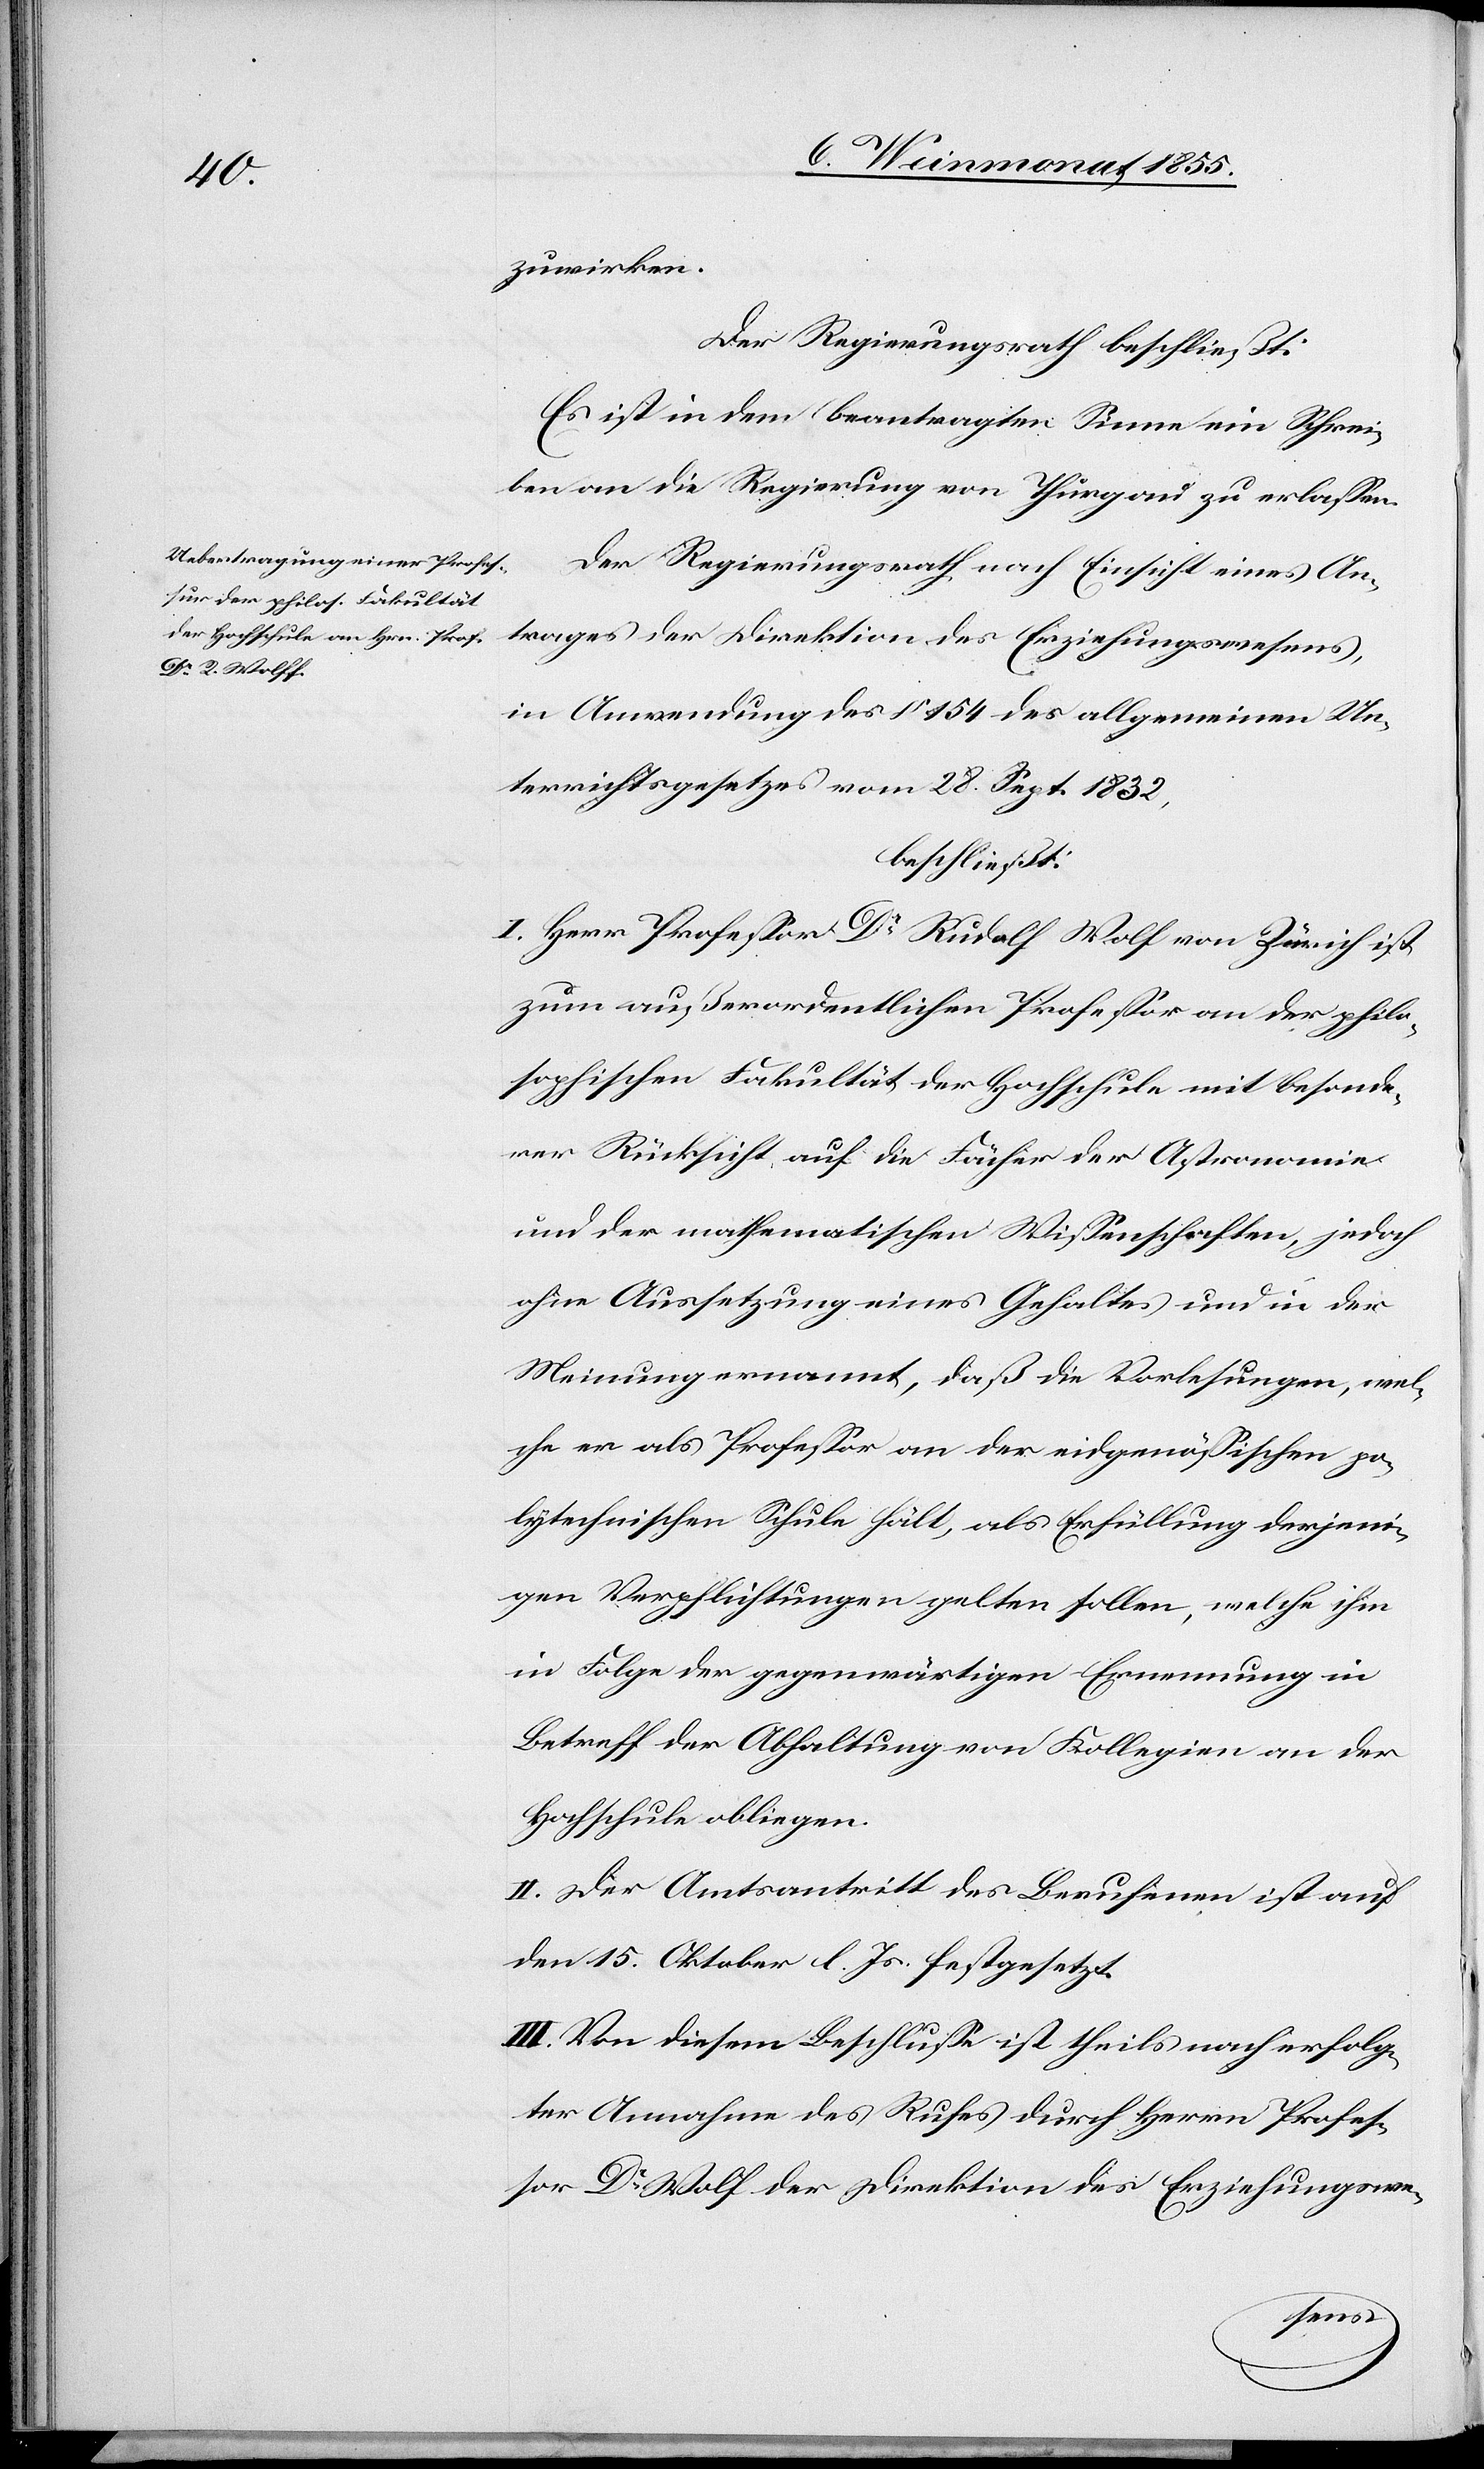
zuwirken.
Der Regierungsrath beschließt:
Es ist in dem beantragten Sinne ein Schrei¬
ben an die Regierung von Thurgau zu erlassen.
Der Regierungsrath nach Einsicht eines An¬
trages der Direktion des Erziehungswesens,
in Anwendung des § 154 des allgemeinen Un¬
terrichtsgesetzes vom 28. Sept. 1832,
beschließt:
I. Herr Professor Dr Rudolf Wolf [sic!] von Zürich ist
zum außerordentlichen Professor an der philo¬
sophischen Fakultät der Hochschule mit besonde¬
rer Rücksicht auf die Fächer der Astronomie
und der mathematischen Wissenschaften, jedoch
ohne Aussetzung eines Gehaltes und in der
Meinung ernannt, daß die Vorlesungen, wel¬
che er als Professor an der eidgenössischen po¬
lytechnischen Schule hält, als Erfüllung derjeni¬
gen Verpflichtungen gelten sollen, welche ihm
in Folge der gegenwärtigen Ernennung in
Betreff der Abhaltung von Kollegien an der
Hochschule obliegen.
II. Der Amtsantritt des Berufenen ist auf
den 15. Oktober l. Js. festgesetzt.
III. Von diesem Beschlusse ist theils nach erfolg¬
ter Annahme des Rufes durch Herrn Profes¬
sor Dr Wolf der Direktion des Erziehungswe-